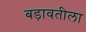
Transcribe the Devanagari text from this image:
बड़ावतीला